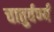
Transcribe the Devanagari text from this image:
चातुर्वर्ण्यं